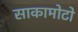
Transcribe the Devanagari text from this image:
साकामोटो